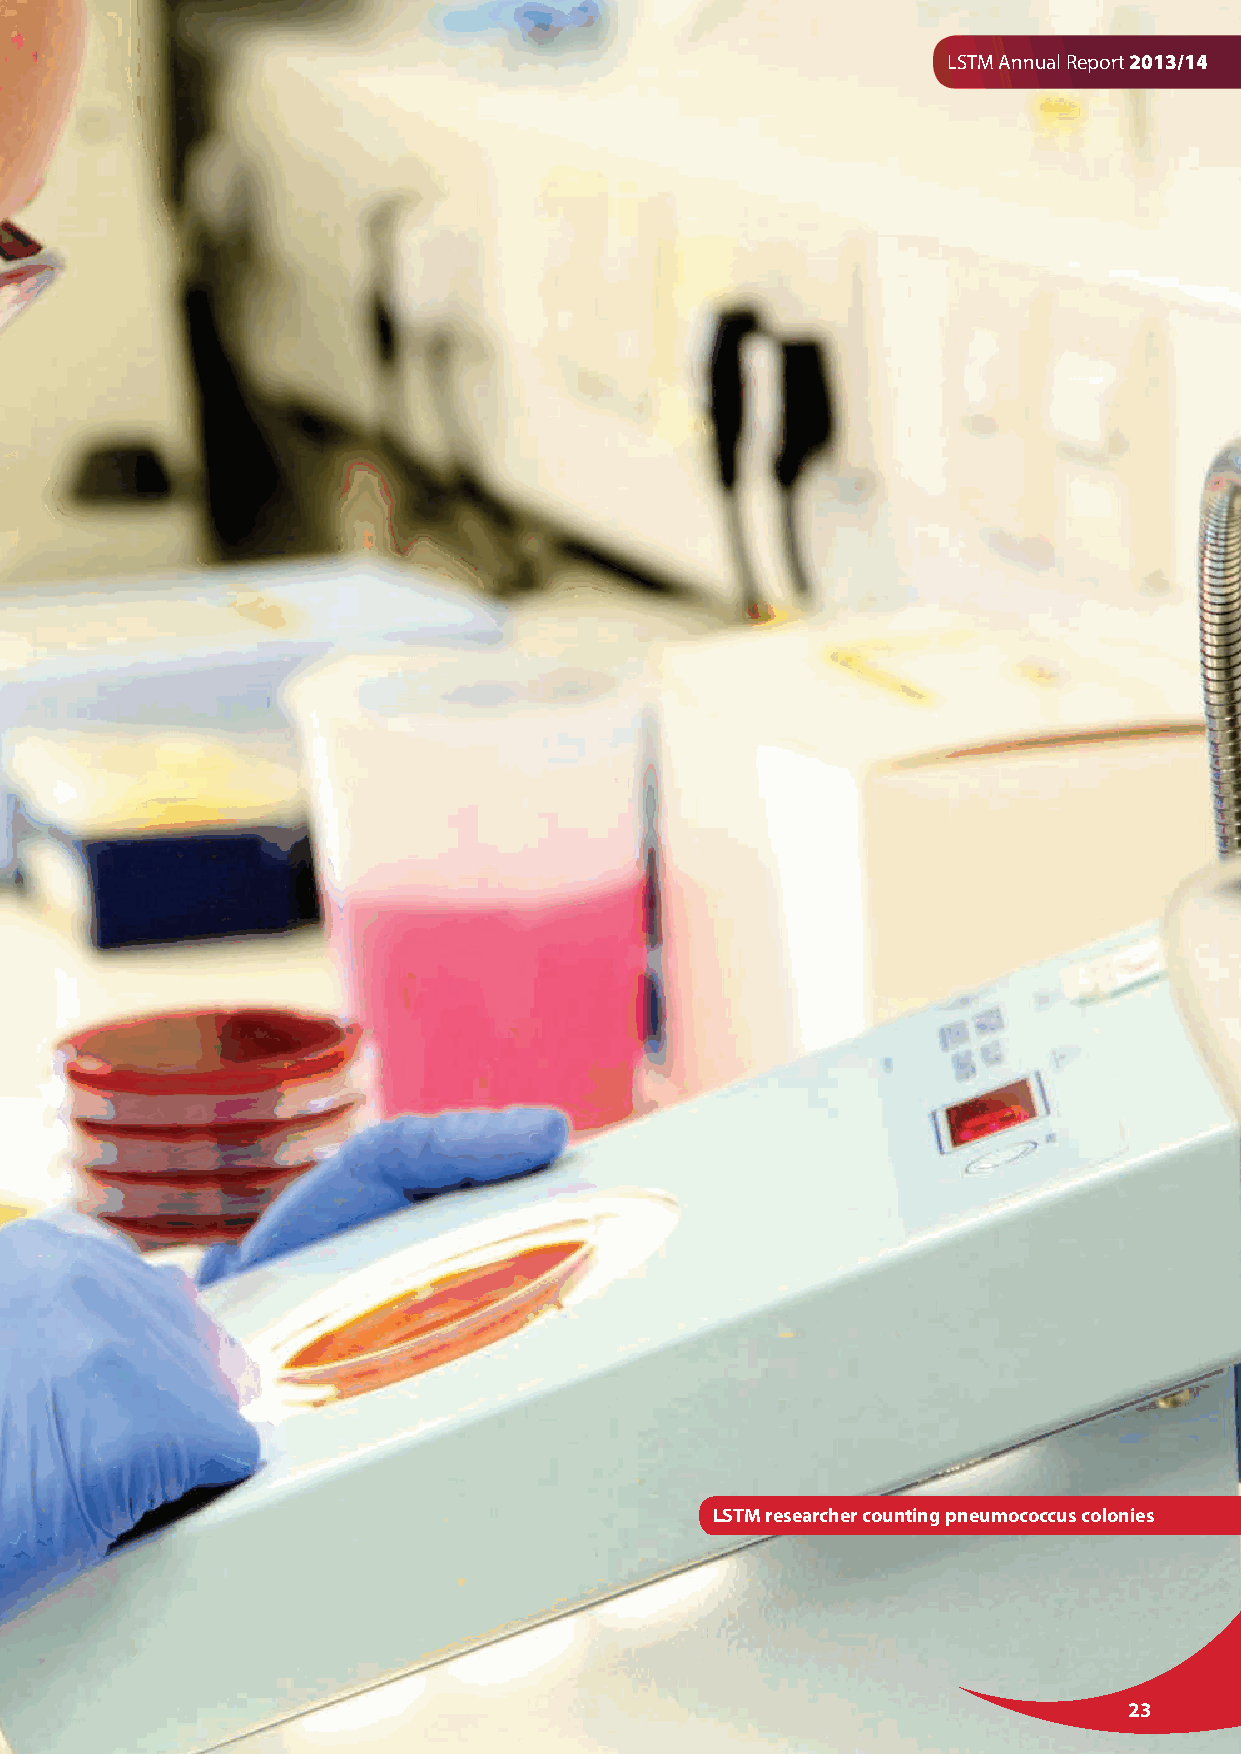
LSTM Annual Report 2013/14
 LSTM researcher counting pneumococcus colonies
 23